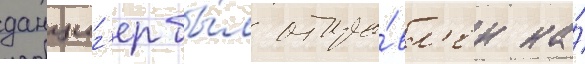
данциг'ер бы́л отпра́вл'ен на́